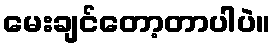
မေးချင်တော့တာပါပဲ။